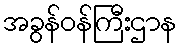
အခွန်ဝန်ကြီးဌာန